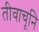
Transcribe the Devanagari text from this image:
तीवाचूनि